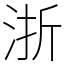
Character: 浙